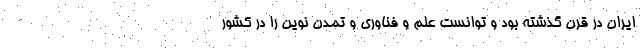
ایران در قرن گذشته بود و توانست علم و فناوری و تمدن نوین را در کشور